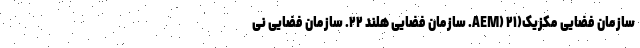
سازمان فضایی مکزیک(AEM) ۲۱. سازمان فضایی هلند ۲۲. سازمان فضایی نی